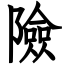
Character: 險